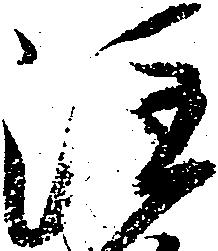
注